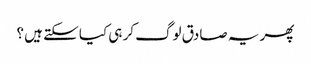
پھر یہ صادق لوگ کر ہی کیا سکتے ہیں ؟